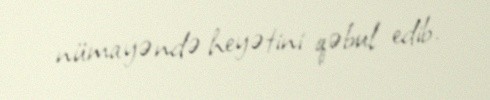
nümayəndə heyətini qəbul edib.